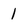
Character: 1